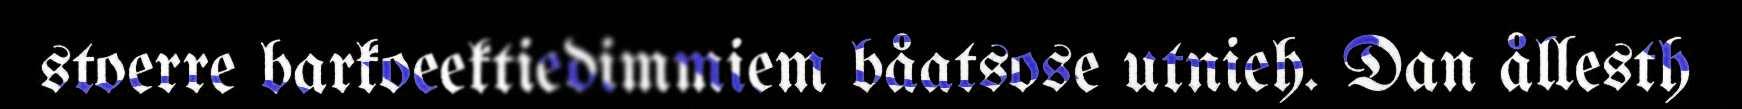
stoerre barkoeektiedimmiem båatsose utnieh. Dan ållesth